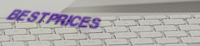
BestPrices